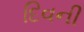
દિવની